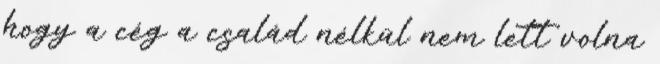
hogy a cég a család nélkül nem lett volna